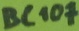
Text: BC107